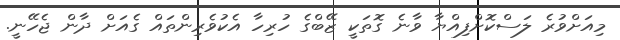
މިއަށްވުރެ ލަސްކޮށްފިއްޔާ ވާނެ ގޮތަކީ ޒޭބްގެ ހުރިހާ އެކުވެރިންތައް ގެއަށް ދާން ޖެހޭނީ.